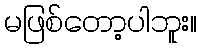
မဖြစ်တော့ပါဘူး။